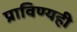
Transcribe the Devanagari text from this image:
प्राविण्यही